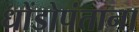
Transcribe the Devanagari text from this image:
धोंडोपंताना